Annual report of the Imperial Bacteriologist
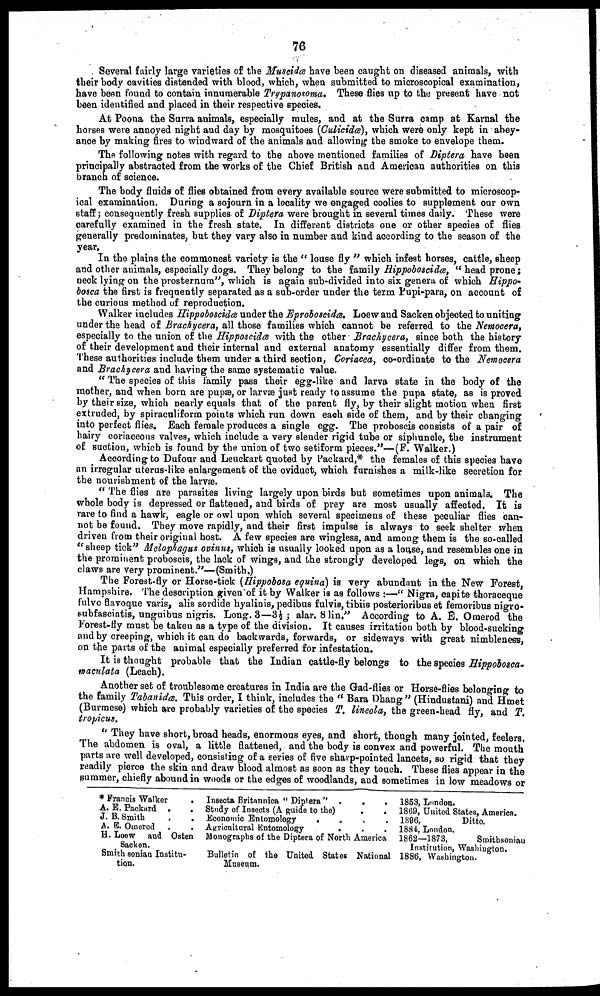
76
Several fairly large varieties of the Muscidæ have been caught on diseased animals, with
their body cavities distended with blood, which, when submitted to microscopical examination,
have been found to contain innumerable Trypanosoma, These flies up to the present have not
been identified and placed in their respective species.
At Poona the Surra animals, especially mules, and at the Surra camp at Karnal the
horses were annoyed night and day by mosquitoes (Culicidæ), which were only kept in abey-
ance by making fires to windward of the animals and allowing the smoke to envelope them.
The following notes with regard to the above mentioned families of Diptera have been
principally abstracted from the works of the Chief British and American authorities on this
branch of science.
The body fluids of flies obtained from every available source were submitted to microscop-
ical examination. During a sojourn in a locality we engaged coolies to supplement our own
staff; consequently fresh supplies of Diptera were brought in several times daily. These were
carefully examined in the fresh state. In different districts one or other species of flies
generally predominates, but they vary also in number and kind according to the season of the
year.
In the plains the commonest variety is the " louse fly " which infest horses, cattle, sheep
and other animals, especially dogs. They belong to the family Hippoboscidæ, "head prone;
neck lying on the prosternum", which is again sub-divided into six genera of which Hippo¬
bosca the first is frequently separated as a sub-order under the term Pupi-para, on account of
the curious method of reproduction.
Walker includes Hippoboscidæ under the Eproboscidæ, Loew and Sacken objected to uniting
under the head of Brachycera, all those families which cannot be referred to the Nemocera,
especially to the union of the Hipposcidæ with the other Brachycera, since both the history
of their development and their internal and external anatomy essentially differ from them.
These authorities include them under a third section, Coriacea, co-ordinate to the Nemocera
and Brachycera and having the same systematic value.
" The species of this family pass their egg-like and larva state in the body of the
mother, and when born are pupæ, or larvæ just ready to assume the pupa state, as is proved
by their size, which nearly equals that of the parent fly, by their slight motion when first
extruded, by spiraculiform points which run down each side of them, and by their changing
into perfect flies. Each female produces a single egg. The proboscis consists of a pair of
hairy coriaceous valves, which include a very slender rigid tube or siphuncle, the instrument
of suction, which is found by the union of two setiform pieces."—(F. Walker.)
According to Dufour and Leuckart quoted by Packard,* the females of this species have
an irregular uterus-like enlargement of the oviduct, which furnishes a milk-like secretion for
the nourishment of the larvæ.
" The flies are parasites living largely upon birds but sometimes upon animals. The
whole body is depressed or flattened, and birds of prey are most usually affected. It is
rare to find a hawk, eagle or owl upon which several specimens of these peculiar flies can-
not be found. They move rapidly, and their first impulse is always to seek shelter when
driven from their original host. A few species are wingless, and among them is the so-called
" sheep tick" Melophagus ovinus, which is usually looked upon as a louse, and resembles one in
the prominent proboscis, the lack of wings, and the strongly developed legs, on which the
claws are very prominent."—(Smith.)
The Forest-fly or Horse-tick (Hippobosa equina) is very abundant in the New Forest,
Hampshire. The description given of it by Walker is as follows :—" Nigra, capite thoraceque
fulvo flavoque varis, alis sordide hyalinis, pedibus fulvis, tibiis posterioribus et femoribus nigro¬
subfasciatis, unguibus nigris. Long. 3—3½ ; alar. 8 lin," According to A. E. Omerod the
Forest-fly must be taken as a type of the division. It causes irritation both by blood-sucking
and by creeping, which it can do backwards, forwards, or sideways with great nimbleness,
on the parts of the animal especially preferred for infestation.
It is thought probable that the Indian cattle-fly belongs to the species Hippobosca¬
maculata (Leach).
Another set of troublesome creatures in India are the Gad-flies or Horse-flies belonging to
the family Tabanidæ. This order, I think, includes the " Bara Dhang" (Hindustani) and Hmet
(Burmese) which are probably varieties of the species T. lineola, the green-head fly, and T.
tropicus.
" They have short, broad heads, enormous eyes, and short, though many jointed, feelers.
The abdomen is oval, a little flattened, and the body is convex and powerful. The mouth
parts are well developed, consisting of a series of five sharp-pointed lancets, so rigid that they
readily pierce the skin and draw blood almost as soon as they touch. These flies appear in the
summer, chiefly abound in woods or the edges of woodlands, and sometimes in low meadows or
* Francis Walker
A. E. Packard .
J. B. Smith
A. E. Omerod .
H. Loew and Oaten
Sacken.
Smith sonian Institu-
tion.
Inseota Britannica " Diptera" .
.
.
Study of Insects (A guide to the)
.
.
Economic Entomology
.
.
Agricultural
Entomology
.
Monographs of the Diptera of North America
Bulletin of the United States National
Museum.
1853, London.
1869, United States, America.
1896,
Ditto.
1884, London.
1862—1873.
Smithsoniau
Institution, Washington.
1886, Washington.